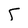
Character: 5